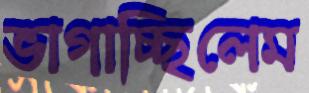
ভাগাচ্ছিলেম